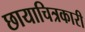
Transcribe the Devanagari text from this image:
छायाचित्रकारी